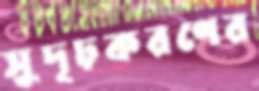
সুদৃঢ়করণের